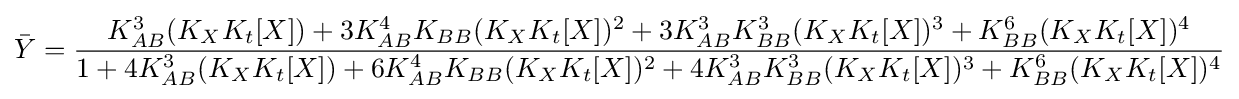
{\bar {Y}}={\frac {K_{AB}^{3}(K_{X}K_{t}[X])+3K_{AB}^{4}K_{BB}(K_{X}K_{t}[X])^{2}+3K_{AB}^{3}K_{BB}^{3}(K_{X}K_{t}[X])^{3}+K_{BB}^{6}(K_{X}K_{t}[X])^{4}}{1+4K_{AB}^{3}(K_{X}K_{t}[X])+6K_{AB}^{4}K_{BB}(K_{X}K_{t}[X])^{2}+4K_{AB}^{3}K_{BB}^{3}(K_{X}K_{t}[X])^{3}+K_{BB}^{6}(K_{X}K_{t}[X])^{4}}}